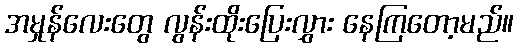
အမှုန်လေးတွေ လွန်းထိုးပြေးလွှား နေကြတော့မည်။